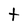
Character: t